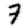
Digit: 7